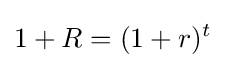
1+R=(1+r)^{t}